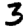
Digit: 3